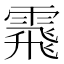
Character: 䬠